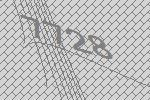
7728